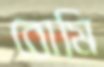
রোমি